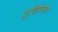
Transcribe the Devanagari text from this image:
ट्रविरेनस